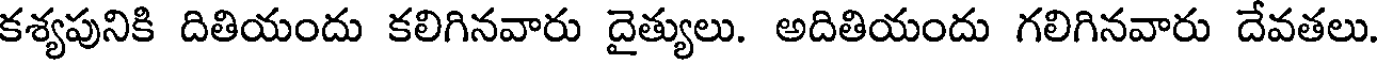
కశ్యపునికి దితియందు కలిగినవారు దైత్యులు. అదితియందు గలిగినవారు దేవతలు.